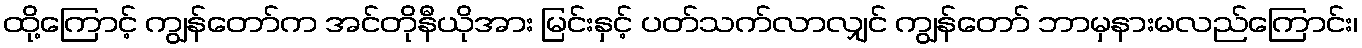
ထို့ကြောင့် ကျွန်တော်က အင်တိုနီယိုအား မြင်းနှင့် ပတ်သက်လာလျှင် ကျွန်တော် ဘာမှနားမလည်ကြောင်း၊